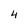
Character: 4